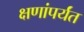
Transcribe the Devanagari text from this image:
क्षणांपर्यंत